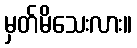
မှတ်မိသေးလား။